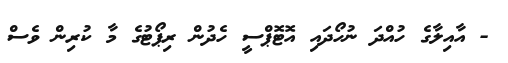
- އާއިލާގެ ހުއްދަ ނުހޯދައި އޮޓޮޕްސީ ހެދުން ރިޕޯޓުގެ މާ ކުރިން ވެސް